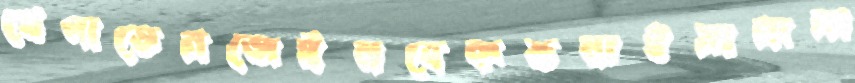
খেপাতেনজেইনবেকভমাইমানানা